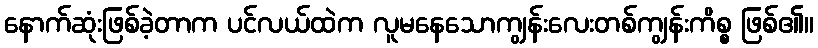
နောက်ဆုံးဖြစ်ခဲ့တာက ပင်လယ်ထဲက လူမနေသောကျွန်းလေးတစ်ကျွန်းကိစ္စ ဖြစ်၏။